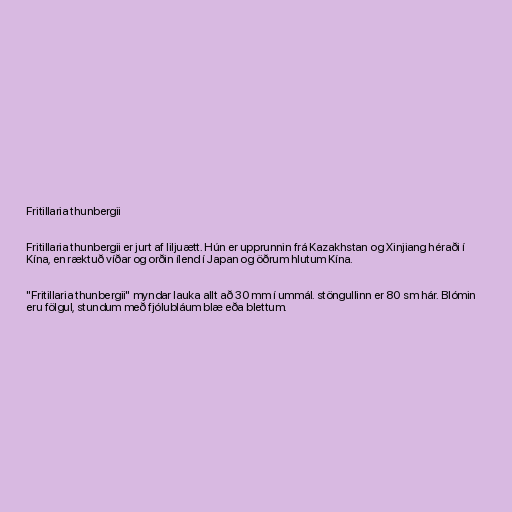
Fritillaria thunbergii

Fritillaria thunbergii er jurt af liljuætt. Hún er upprunnin frá Kazakhstan og Xinjiang héraði í
Kína, en ræktuð víðar og orðin ílend í Japan og öðrum hlutum Kína.

"Fritillaria thunbergii" myndar lauka allt að 30 mm í ummál. stöngullinn er 80 sm hár. Blómin
eru fölgul, stundum með fjólubláum blæ eða blettum.